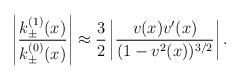
LaTeX: \begin{align*}\left| \frac{k^{(1)}_{\pm}(x)}{k^{(0)}_{\pm}(x)} \right| \approx\frac{3}{2} \left| \frac{v(x) v^{\prime}(x)}{(1-v^2(x))^{3/2}} \right|.\end{align*}